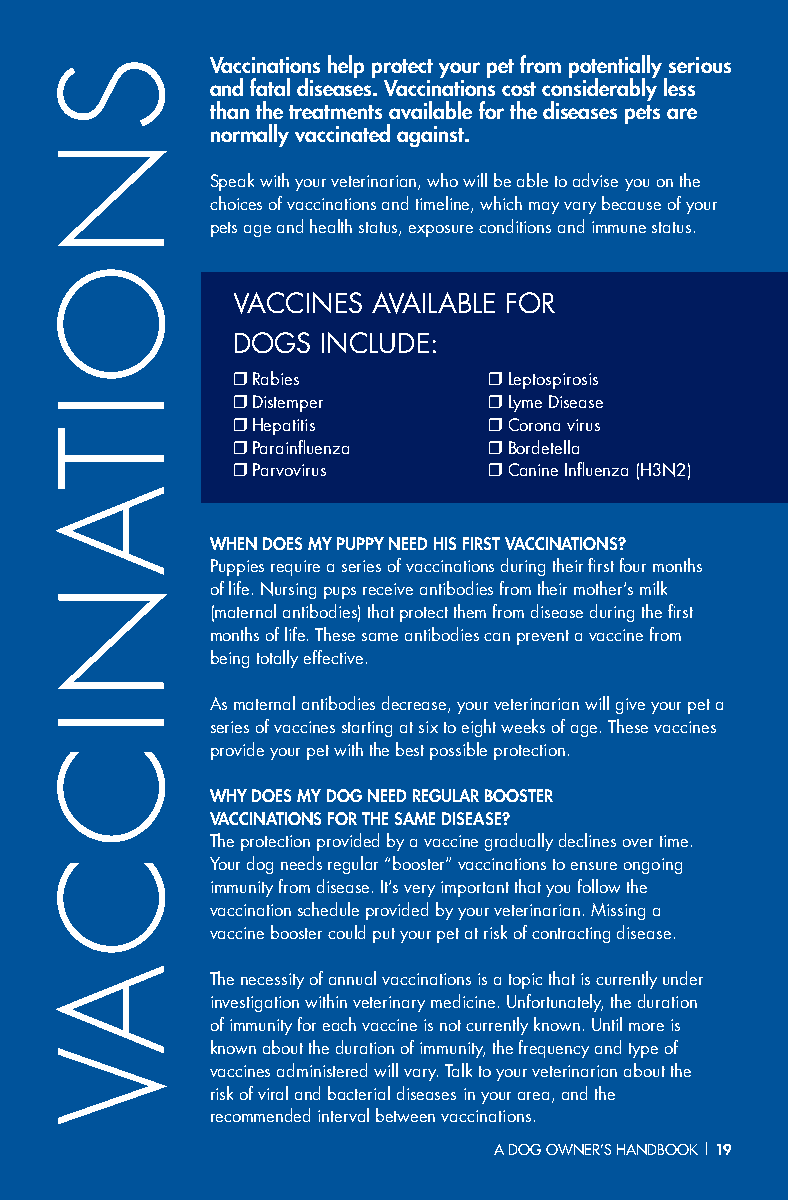
Vaccinations help protect your pet from potentially serious
 and fatal diseases. Vaccinations cost considerably less
 than the treatments available for the diseases pets are
 normally vaccinated against.
 Speak with your veterinarian, who will be able to advise you on the
 choices of vaccinations and timeline, which may vary because of your
 pets age and health status, exposure conditions and immune status.
 VACCINES  AVAILABLE FOR
 DOGS  INCLUDE:
 ❒ Rabies         ❒ Leptospirosis
 ❒ Distemper      ❒ Lyme Disease
 ❒ Hepatitis      ❒ Corona virus
 ❒ Parainfluenza  ❒ Bordetella
 ❒ Parvovirus     ❒ Canine Influenza (H3N2)
 WHEN DOES MY PUPPY NEED HIS FIRST VACCINATIONS?
 Puppies require a series of vaccinations during their first four months
 of life. Nursing pups receive antibodies from their mother’s milk
 (maternal antibodies) that protect them from disease during the first
 months of life. These same antibodies can prevent a vaccine from
 being totally effective.
 As maternal antibodies decrease, your veterinarian will give your pet a
 series of vaccines starting at six to eight weeks of age. These vaccines
 provide your pet with the best possible protection.
 WHY DOES MY DOG NEED REGULAR BOOSTER
 VACCINATIONS FOR THE SAME DISEASE?
 The protection provided by a vaccine gradually declines over time.
 Your dog needs regular “booster” vaccinations to ensure ongoing
 immunity from disease. It’s very important that you follow the
 vaccination schedule provided by your veterinarian. Missing a
 vaccine booster could put your pet at risk of contracting disease.
 The necessity of annual vaccinations is a topic that is currently under
 investigation within veterinary medicine. Unfortunately, the duration
 of immunity for each vaccine is not currently known. Until more is
 known about the duration of immunity, the frequency and type of
 vaccines administered will vary. Talk to your veterinarian about the
 risk of viral and bacterial diseases in your area, and the
 recommended interval between vaccinations.
 AA DDOOGG OOWWNNEERR’’SS HHAANNDDBBOOOOKK || 1199
 S
 N
 O
 I
 TA
 N
 I
 C
 C
 AV